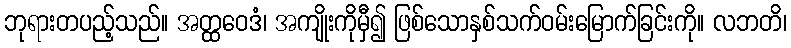
ဘုရားတပည့်သည်။ အတ္ထဝေဒံ၊ အကျိုးကိုမှီ၍ ဖြစ်သောနှစ်သက်ဝမ်းမြောက်ခြင်းကို။ လဘတိ၊